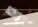
مرهقة